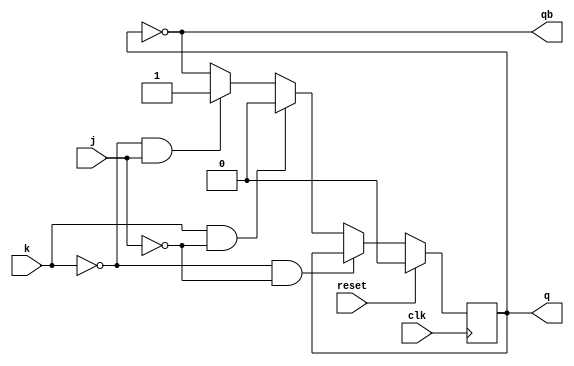
module jkffD(q,qb,j,k,clk,reset);
output q, qb;
input j, k, clk, reset;
reg q;
assign qb = ~q;
always @(posedge clk)begin
    if (reset)
        q <= 0;
    else if (k==0 && j==0)
        q <= q;
    else if (k==1 && j==0)
        q <= 0;
    else if (k==0 && j==1)
        q <= 1;
    else
        q <= ~q;
end
endmodule